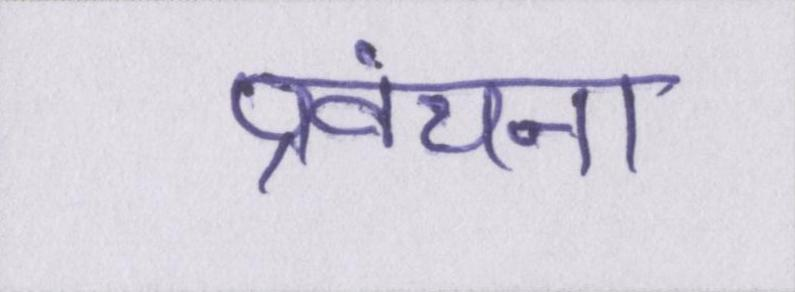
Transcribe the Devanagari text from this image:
प्रवंचना